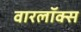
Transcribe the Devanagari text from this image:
वारलॉक्स